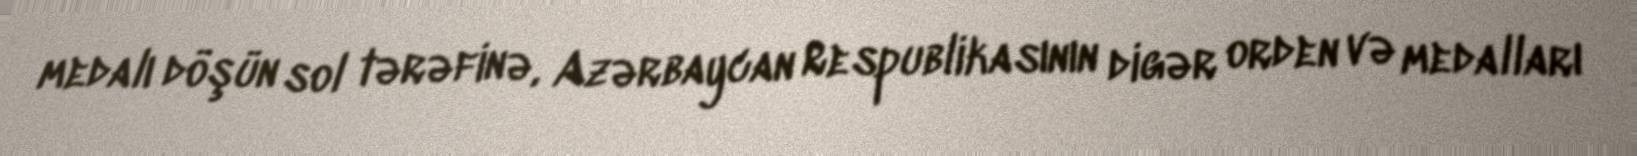
medalı döşün sol tərəfinə, Azərbaycan Respublikasının digər orden və medalları